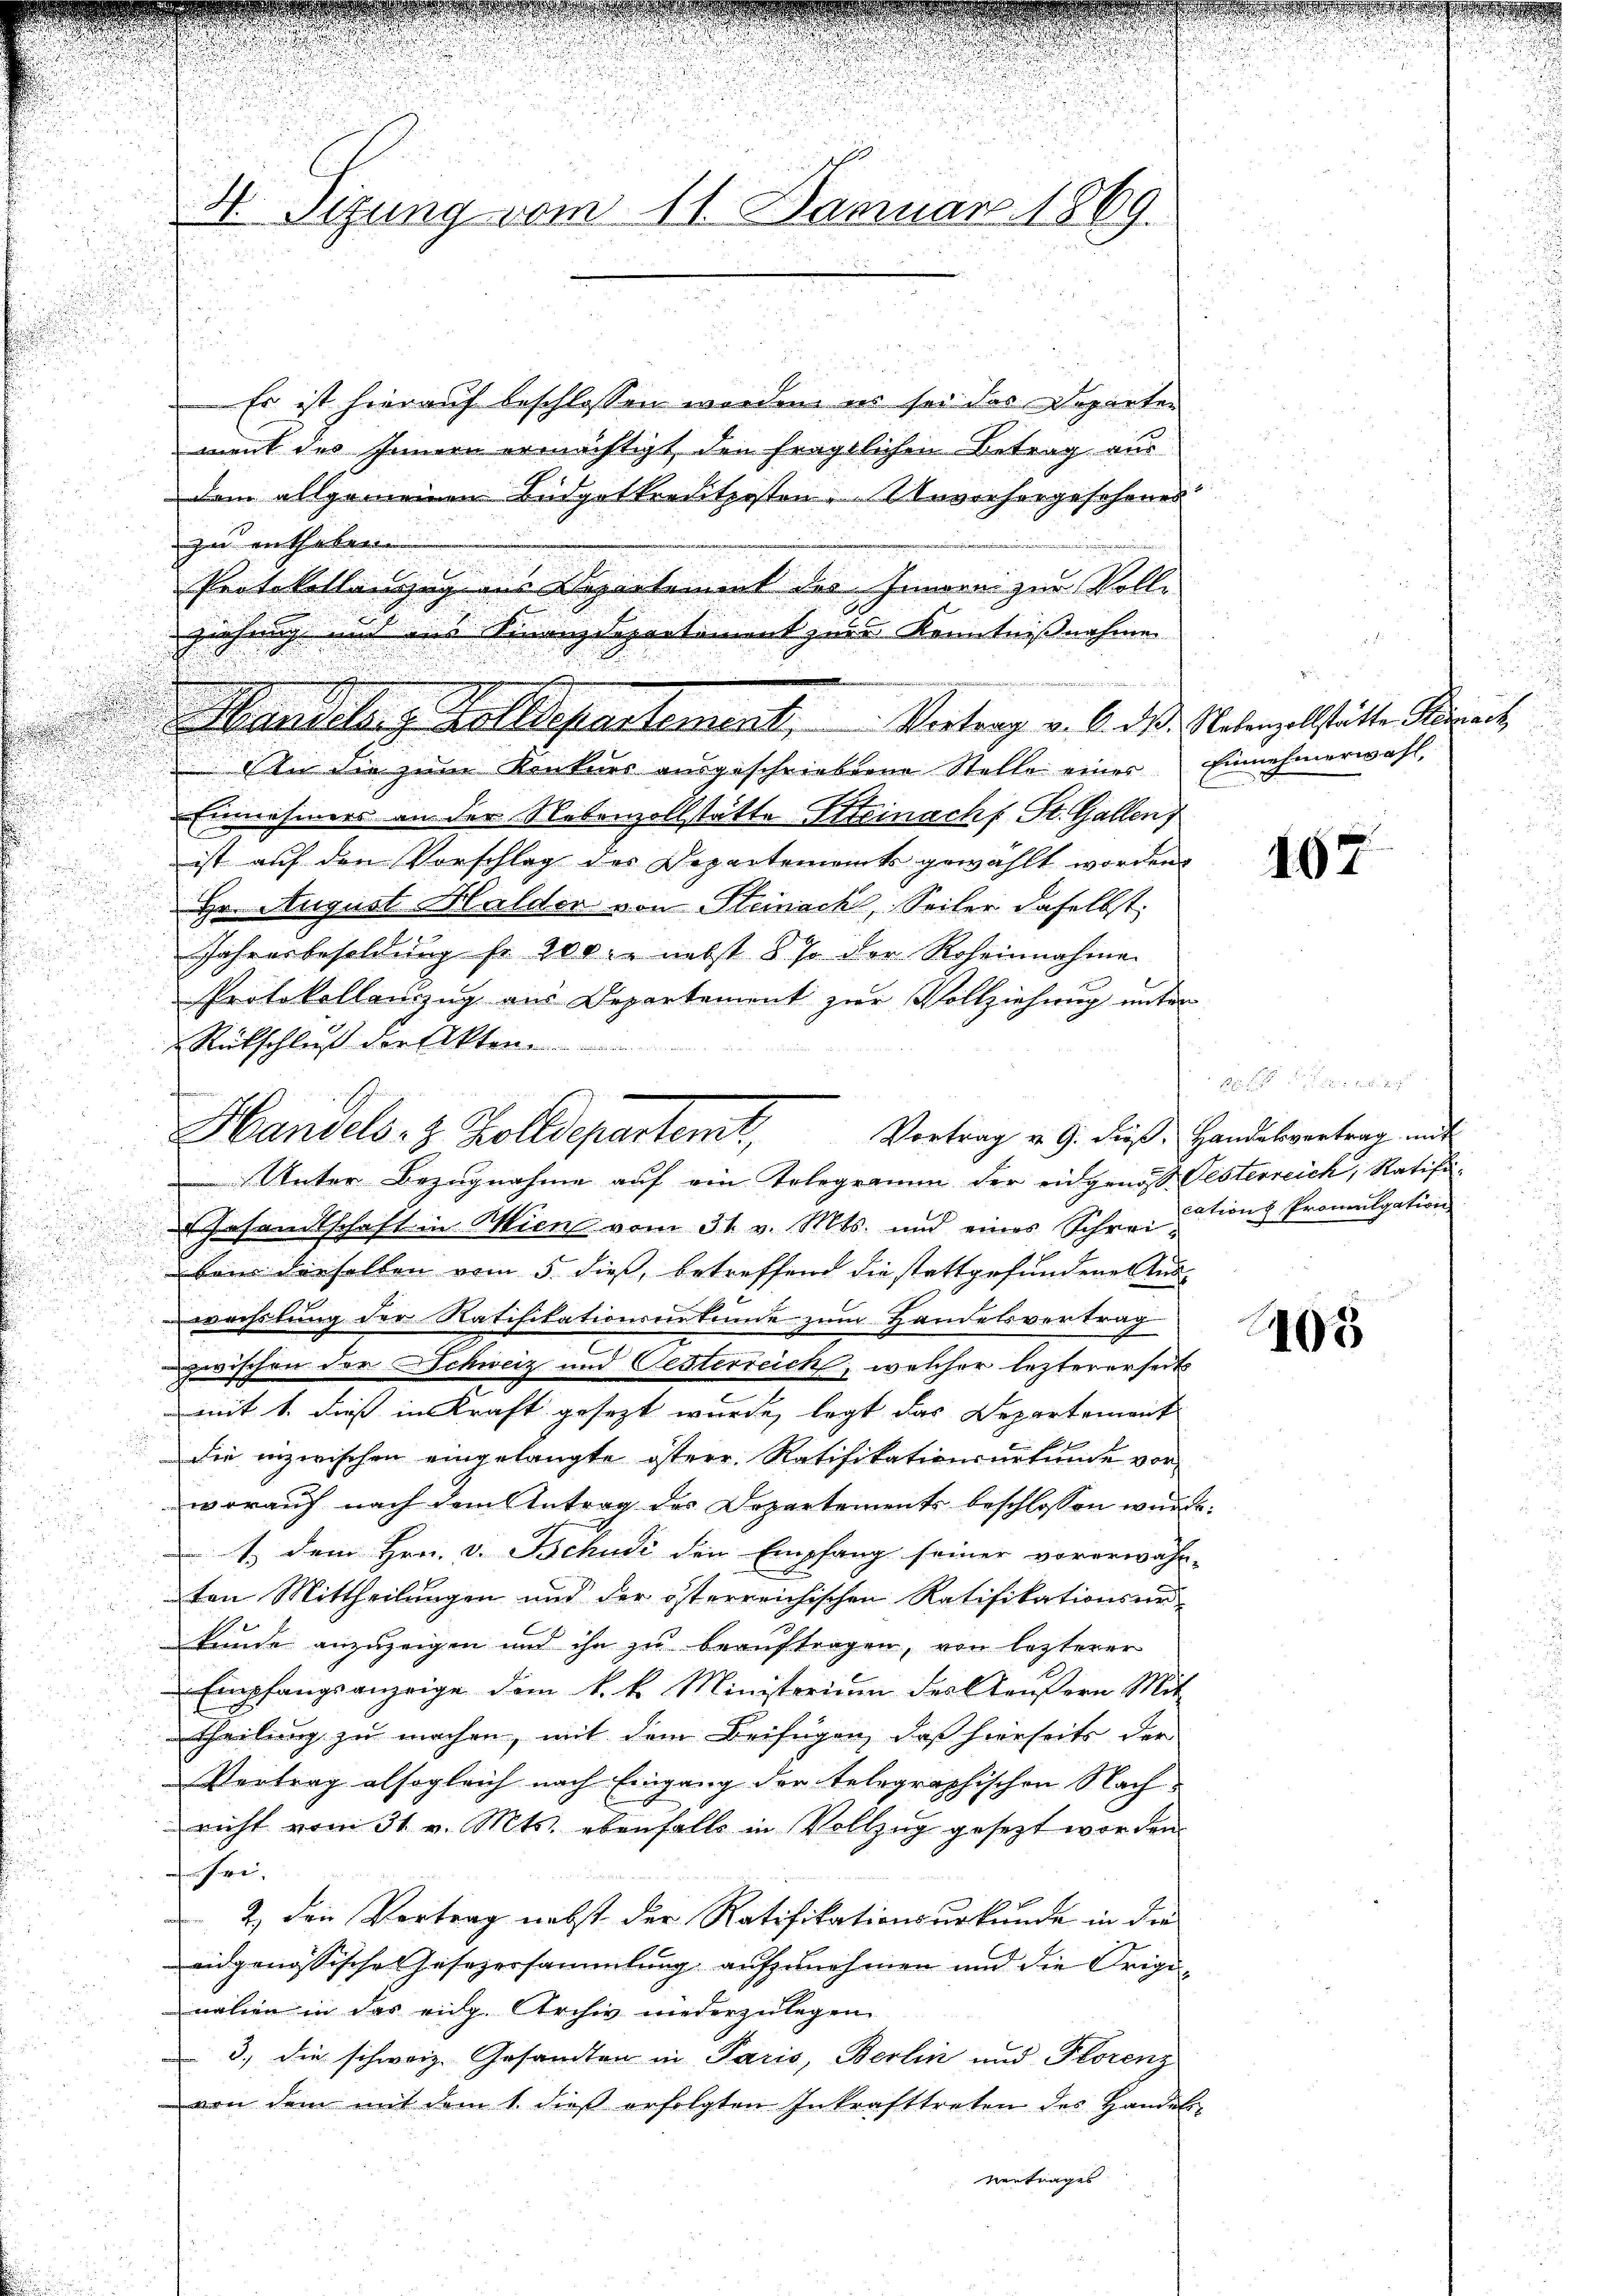
n
d
.
N Sizung vom 11. Januar 1869.

Es ist hierauf beschlossen worden es sei das Departen
ment des Innern ermächtigt, den fragtlichen Betrag aus
dem allgemeinen Budgetkreditposten. Unvorhergeschenes
zu entheben
Protokollanzug aus Departement des Innern zur Voll-
ziehung mit aus Finanzdepartement zur Kenntnißnahme
Einnahmers an der Nebenzollstätte Steinach f. St. Gallen
ist auf den Vorschlag des Departements gewählt worden
Hr. August Halder von Steinach, Seiler daselbst,
Jahresbesoldung fr. 200 r. nebst § 7 der Roheinnahme
Protokollanzzug aus Departement zur Vollziehung unter
Rückschluß der Akten

n
F
Marzilanz Zolldepartement. Vertrag v. 6. ds. Petenzelstätte Steuert
. An die zum Konkurs ausgeschriebene Stelle einer

Handels- & Zolldepartemt. Vortrag v. 9. dieß. Handelsvortrag mit
Unter Bezugnahme auf ein Telegramm der eingenoß Oesterreich, Ratifi¬

Einnehmerwahl,

Gesandtschaft in Wien vom 31. v. Mts. und eines Schreisations Promulgation
u
bei derselben vom 5. dieß, betreffend die stattgefundene Auswechslung der Ratifikationserkunde zum Handelsvertrag
zwischen der Schweiz und Oesterreich, welcher leztererseits
mit 1. dieß in Kraft gesezt wurde, legt das Departement
die inzwischen eingelangte österr. Ratifikationsurkunde vor-
worauf nach dem Antrag des Departements beschlossen wurde.
1.) Dem Hrn. v. Schudi den Empfang seiner vorerwähn-
ten Mittheilungen und der österreichischen Ratifikationsankunde anzuzeigen und ihn zu beauftragen, von lezterer
Empfangsanzeige dem k. k. Ministerium des Käufern Mit
Theilung zu machen, mit dem Beifügen, daß hierseits der
Vertrag alsogleich nach Eingang der telegraphischen Nachricht vom 31. v. Mts. ebenfalls in Vollzug gesezt worden.
Hei.
2. den Vortrag nebst der Ratifikationsurkunde in der
eidgenössische Gesezersammlung aufzunehmen und die Originalien in das eidg. Archiv niederzulegen.
3., die schweiz. Gesandten in Paris, Berlin und Florenz
von dem mit dem 1. dieß erfolgten Inkrafttreten des Handeln
vertrages

167

105